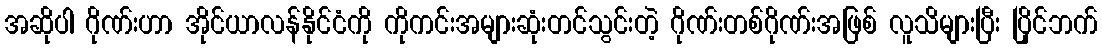
အဆိုပါ ဂိုဏ်းဟာ အိုင်ယာလန်နိုင်ငံကို ကိုကင်းအများဆုံးတင်သွင်းတဲ့ ဂိုဏ်းတစ်ဂိုဏ်းအဖြစ် လူသိများပြီး ပြိုင်ဘက်